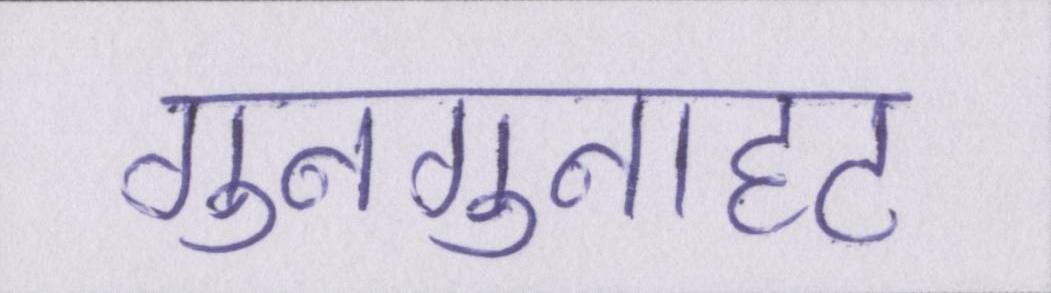
गुनगुनाहट